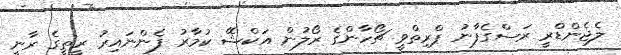
ލެޖެންޑްރީ ރަސްގެފާނު ޕްރިތްވީ ޗޯހާންގެ ރޯލުން އަކްޝޭ ކުމާރު ފެންނައިރު ރީތީގެ ރާނީ